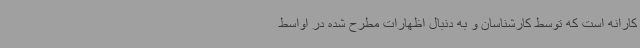
‌کارانه است که توسط کارشناسان و به دنبال اظهارات مطرح شده در اواسط